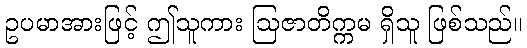
ဥပမာအားဖြင့် ဤသူကား ဩဇာတိက္ကမ ရှိသူ ဖြစ်သည်။